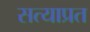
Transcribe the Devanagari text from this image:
सत्याप्रत